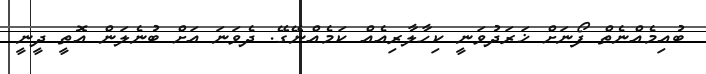
ބުއިމެއްނެތް ފޯނަށް ޚަރަދުވަނީ ކިހާލާރިއެއް ކަމެއްނޭގޭ. ދެވަނަ އަށް ބުނެލަން އޮތީ ދީނީ